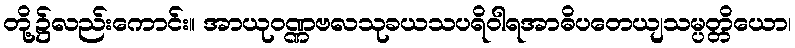
တို့၌လည်းကောင်း။ အာယုဝဏ္ဏဗလသုခယသပရိဝါရအာဓိပတေယျသမ္ပတ္တိယော၊